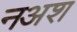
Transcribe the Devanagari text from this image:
नअश